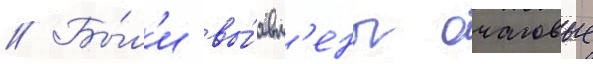
// Бы́л'и вы́явл'ены очаговые